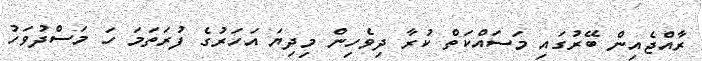
ރާއްޖެއިން ބޭރުގައި މަސައްކަތް ކުރާ ދިވެހިން މިދިޔަ އަހަރުގެ ފުރަތަމަ ހަ މަސްދުވަހު